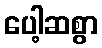
ပေါ့ဆစွာ